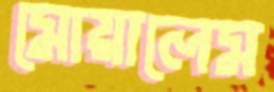
মোয়ালেম